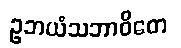
ဥဘယံသဘာဝိတေ